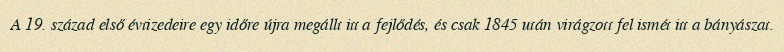
A 19. század első évtizedeire egy időre újra megállt itt a fejlődés, és csak 1845 után virágzott fel ismét itt a bányászat.